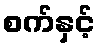
စက်နှင့်